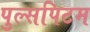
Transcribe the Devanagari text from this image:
पुल्सपिटम